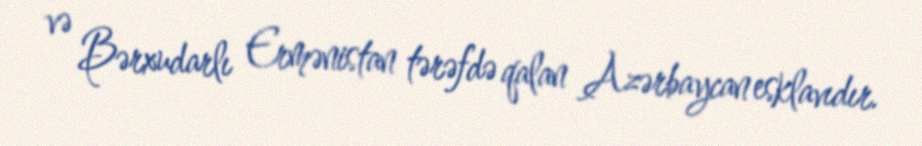
və Bərxudarlı Ermənistan tərəfdə qalan Azərbaycan esklavıdır.